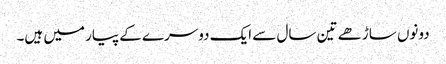
دونوں ساڑھے تین سال سے ایک دوسرے کے پیار میں ہیں۔